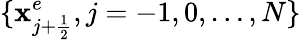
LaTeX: \{ \mathbf{x}_{j+\frac{{1}}{{2}}}^{e},j=-1,0,\ldots,N\}